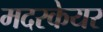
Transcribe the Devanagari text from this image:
मदरकेयर